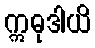
ဣဓုဒါယိ